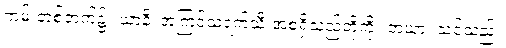
ကမ်းတစ်ဘက်၌။ ယာနိ၊ အကြင်သရက်သီးအစရှိသည်တို့ကို။ တယာ၊ သင်သည်။